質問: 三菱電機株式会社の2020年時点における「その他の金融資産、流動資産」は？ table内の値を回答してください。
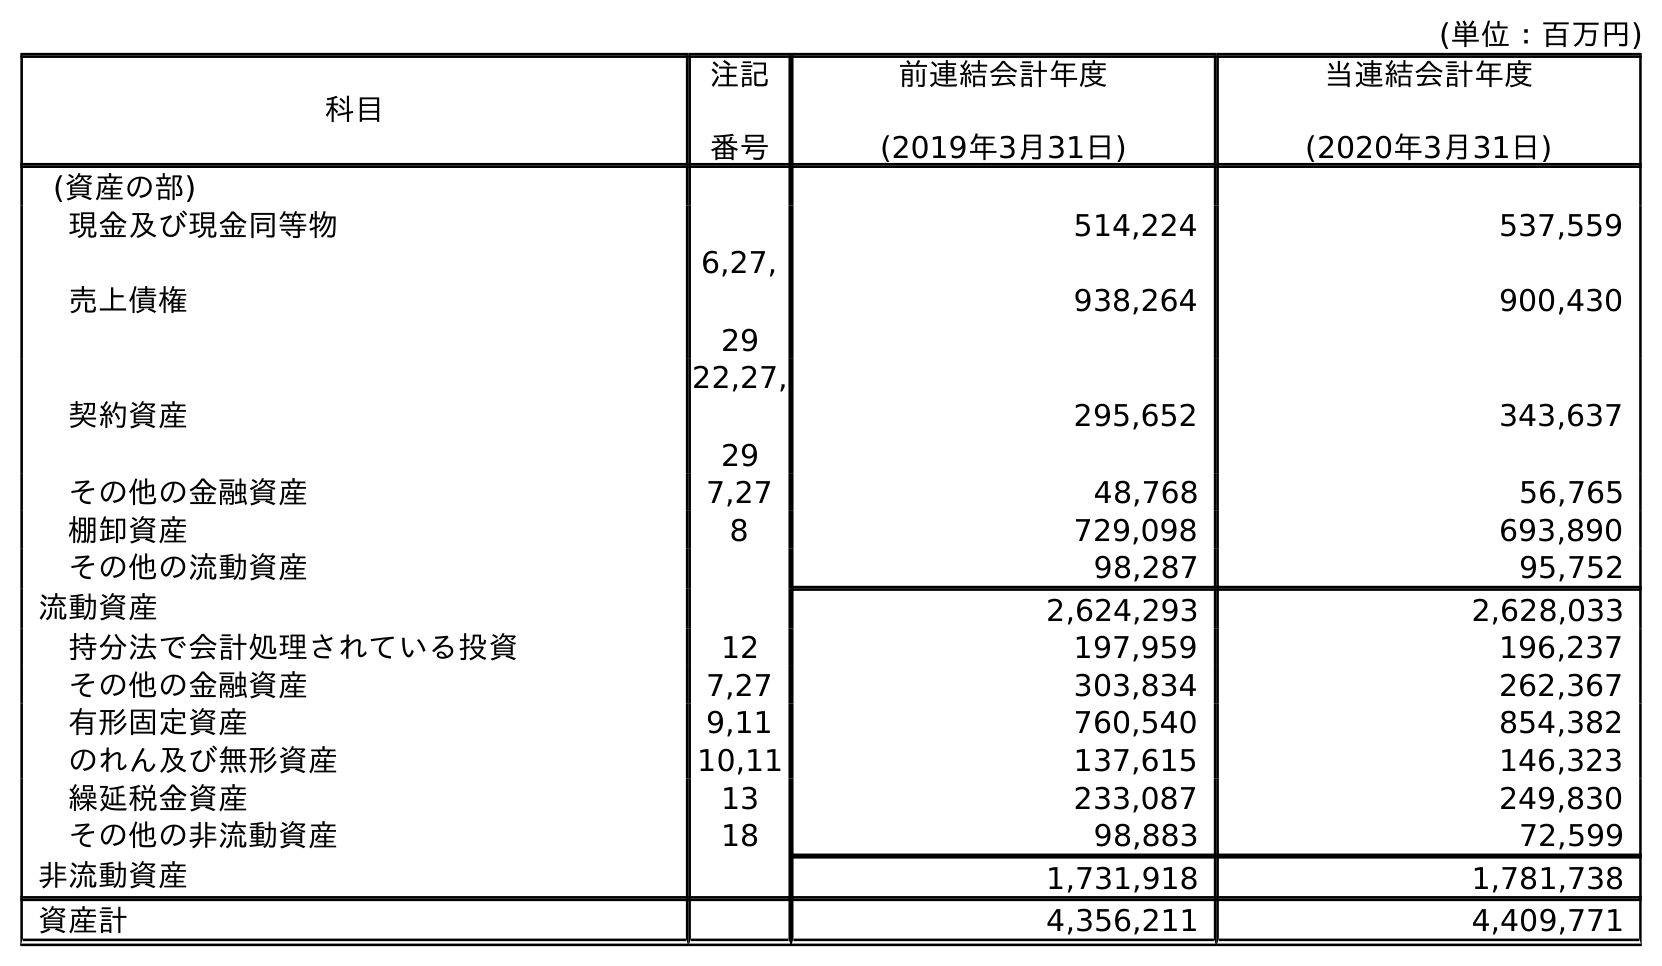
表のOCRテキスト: (単位：百万円) 科目 注記 番号 前連結会計年度 (2019年3月31日) 当連結会計年度 (2020年3月31日) (資産の部) 現金及び現金同等物 514,224 537,559 売上債権 6,27, 29 938,264 900,430 契約資産 22,27, 29 295,652 343,637 その他の金融資産 7,27 48,768 56,765 棚卸資産 8 729,098 693,890 その他の流動資産 98,287 95,752 流動資産 2,624,293 2,628,033 持分法で会計処理されている投資 12 197,959 196,237 その他の金融資産 7,27 303,834 262,367 有形固定資産 9,11 760,540 854,382 のれん及び無形資産 10,11 137,615 146,323 繰延税金資産 13 233,087 249,830 その他の非流動資産 18 98,883 72,599 非流動資産 1,731,918 1,781,738 資産計 4,356,211 4,409,771
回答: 56,765